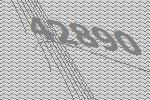
42890